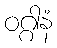
ဝဂ္ဂါနံ